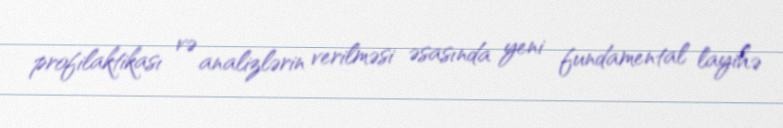
profilaktikası və analizlərin verilməsi əsasında yeni fundamental layihə